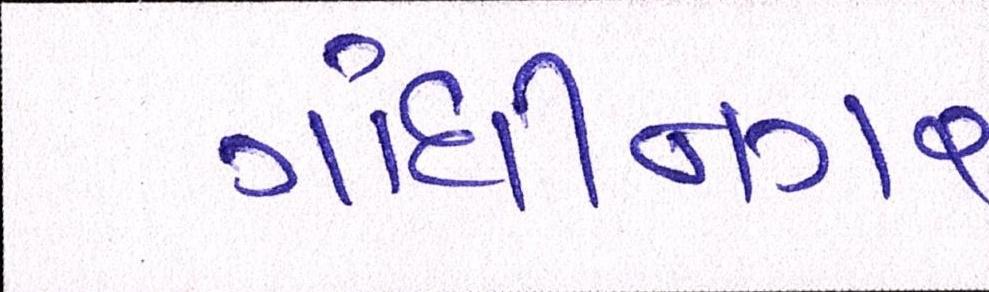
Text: ગાંધીનગર